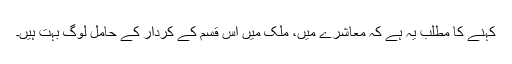
کہنے کا مطلب یہ ہے کہ معاشرے میں، ملک میں اس قسم کے کردار کے حامل لوگ بہت ہیں۔